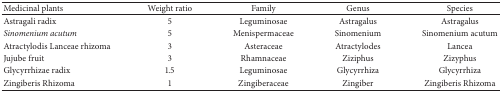
<table><thead><tr><td><b>Medicinal plants</b></td><td><b>Weight ratio</b></td><td><b>Family</b></td><td><b>Genus</b></td><td><b>Species</b></td></tr></thead><tbody><tr><td>Astragali radix</td><td>5</td><td>Leguminosae</td><td>Astragalus</td><td>Astragalus</td></tr><tr><td><i>Sinomenium acutum</i></td><td>5</td><td>Menispermaceae</td><td>Sinomenium</td><td>Sinomenium acutum</td></tr><tr><td>Atractylodis Lanceae rhizoma</td><td>3</td><td>Asteraceae</td><td>Atractylodes</td><td>Lancea</td></tr><tr><td>Jujube fruit</td><td>3</td><td>Rhamnaceae</td><td>Ziziphus</td><td>Zizyphus</td></tr><tr><td>Glycyrrhizae radix</td><td>1.5</td><td>Leguminosae</td><td>Glycyrrhiza</td><td>Glycyrrhiza</td></tr><tr><td>Zingiberis Rhizoma</td><td>1</td><td>Zingiberaceae</td><td>Zingiber</td><td>Zingiberis Rhizoma</td></tr></tbody></table>